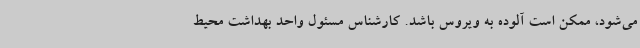
می‌شود، ممکن است آلوده به ویروس باشد. کارشناس مسئول واحد بهداشت محیط